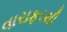
વારાફરથી